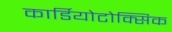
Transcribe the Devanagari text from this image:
कार्डियोटोक्सिक